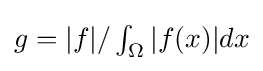
g=|f|/\textstyle \int _{\Omega }|f(x)|dx